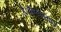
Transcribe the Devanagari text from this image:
है।वैष्णवमताब्ज